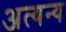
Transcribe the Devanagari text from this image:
अत्यन्य